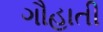
ગૌહાતી